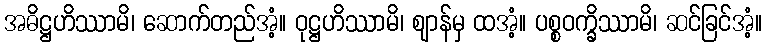
အဓိဋ္ဌဟိဿာမိ၊ ဆောက်တည်အံ့။ ဝုဋ္ဌဟိဿာမိ၊ ဈာန်မှ ထအံ့။ ပစ္စဝက္ခိဿာမိ၊ ဆင်ခြင်အံ့။